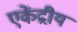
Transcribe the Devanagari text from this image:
एकेंद्रीय